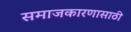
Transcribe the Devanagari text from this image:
समाजकारणासाठी